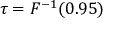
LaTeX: \tau = F ^ { - 1 } ( 0 . 9 5 )